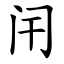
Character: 闬